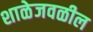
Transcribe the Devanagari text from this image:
शाळेजवळील